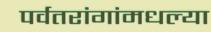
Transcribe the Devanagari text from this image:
पर्वतरांगांमधल्या